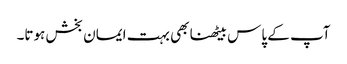
آپ کے پاس بیٹھنا بھی بہت ایمان بخش ہوتا۔